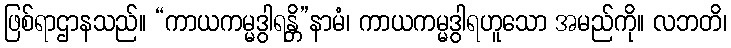
ဖြစ်ရာဌာနသည်။ “ကာယကမ္မဒွါရန္တိ”နာမံ၊ ကာယကမ္မဒွါရဟူသော အမည်ကို။ လဘတိ၊